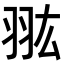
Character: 𦐌